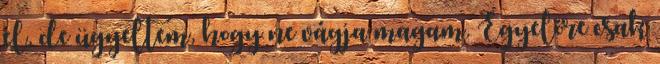
el, de ügyeltem, hogy ne vágja magam. Egyelőre csak